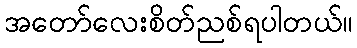
အတော်လေးစိတ်ညစ်ရပါတယ်။